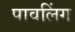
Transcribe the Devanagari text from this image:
पावलिंग